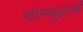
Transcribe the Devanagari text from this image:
गौतमबुद्धाची